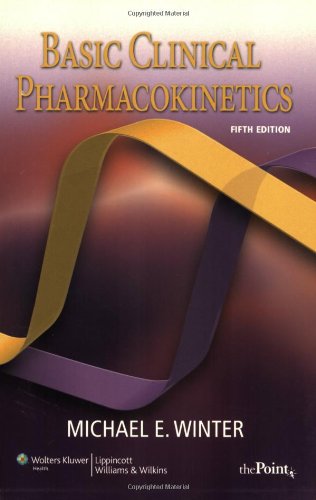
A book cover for Basic Clinical Pharmacokinetics (Basic Clinical Pharmacokinetics (Winter)); Michael E. Winter PharmD; Medical Books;